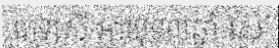
ភេទស្រី អាយុ១៣ឆ្នាំ រស់